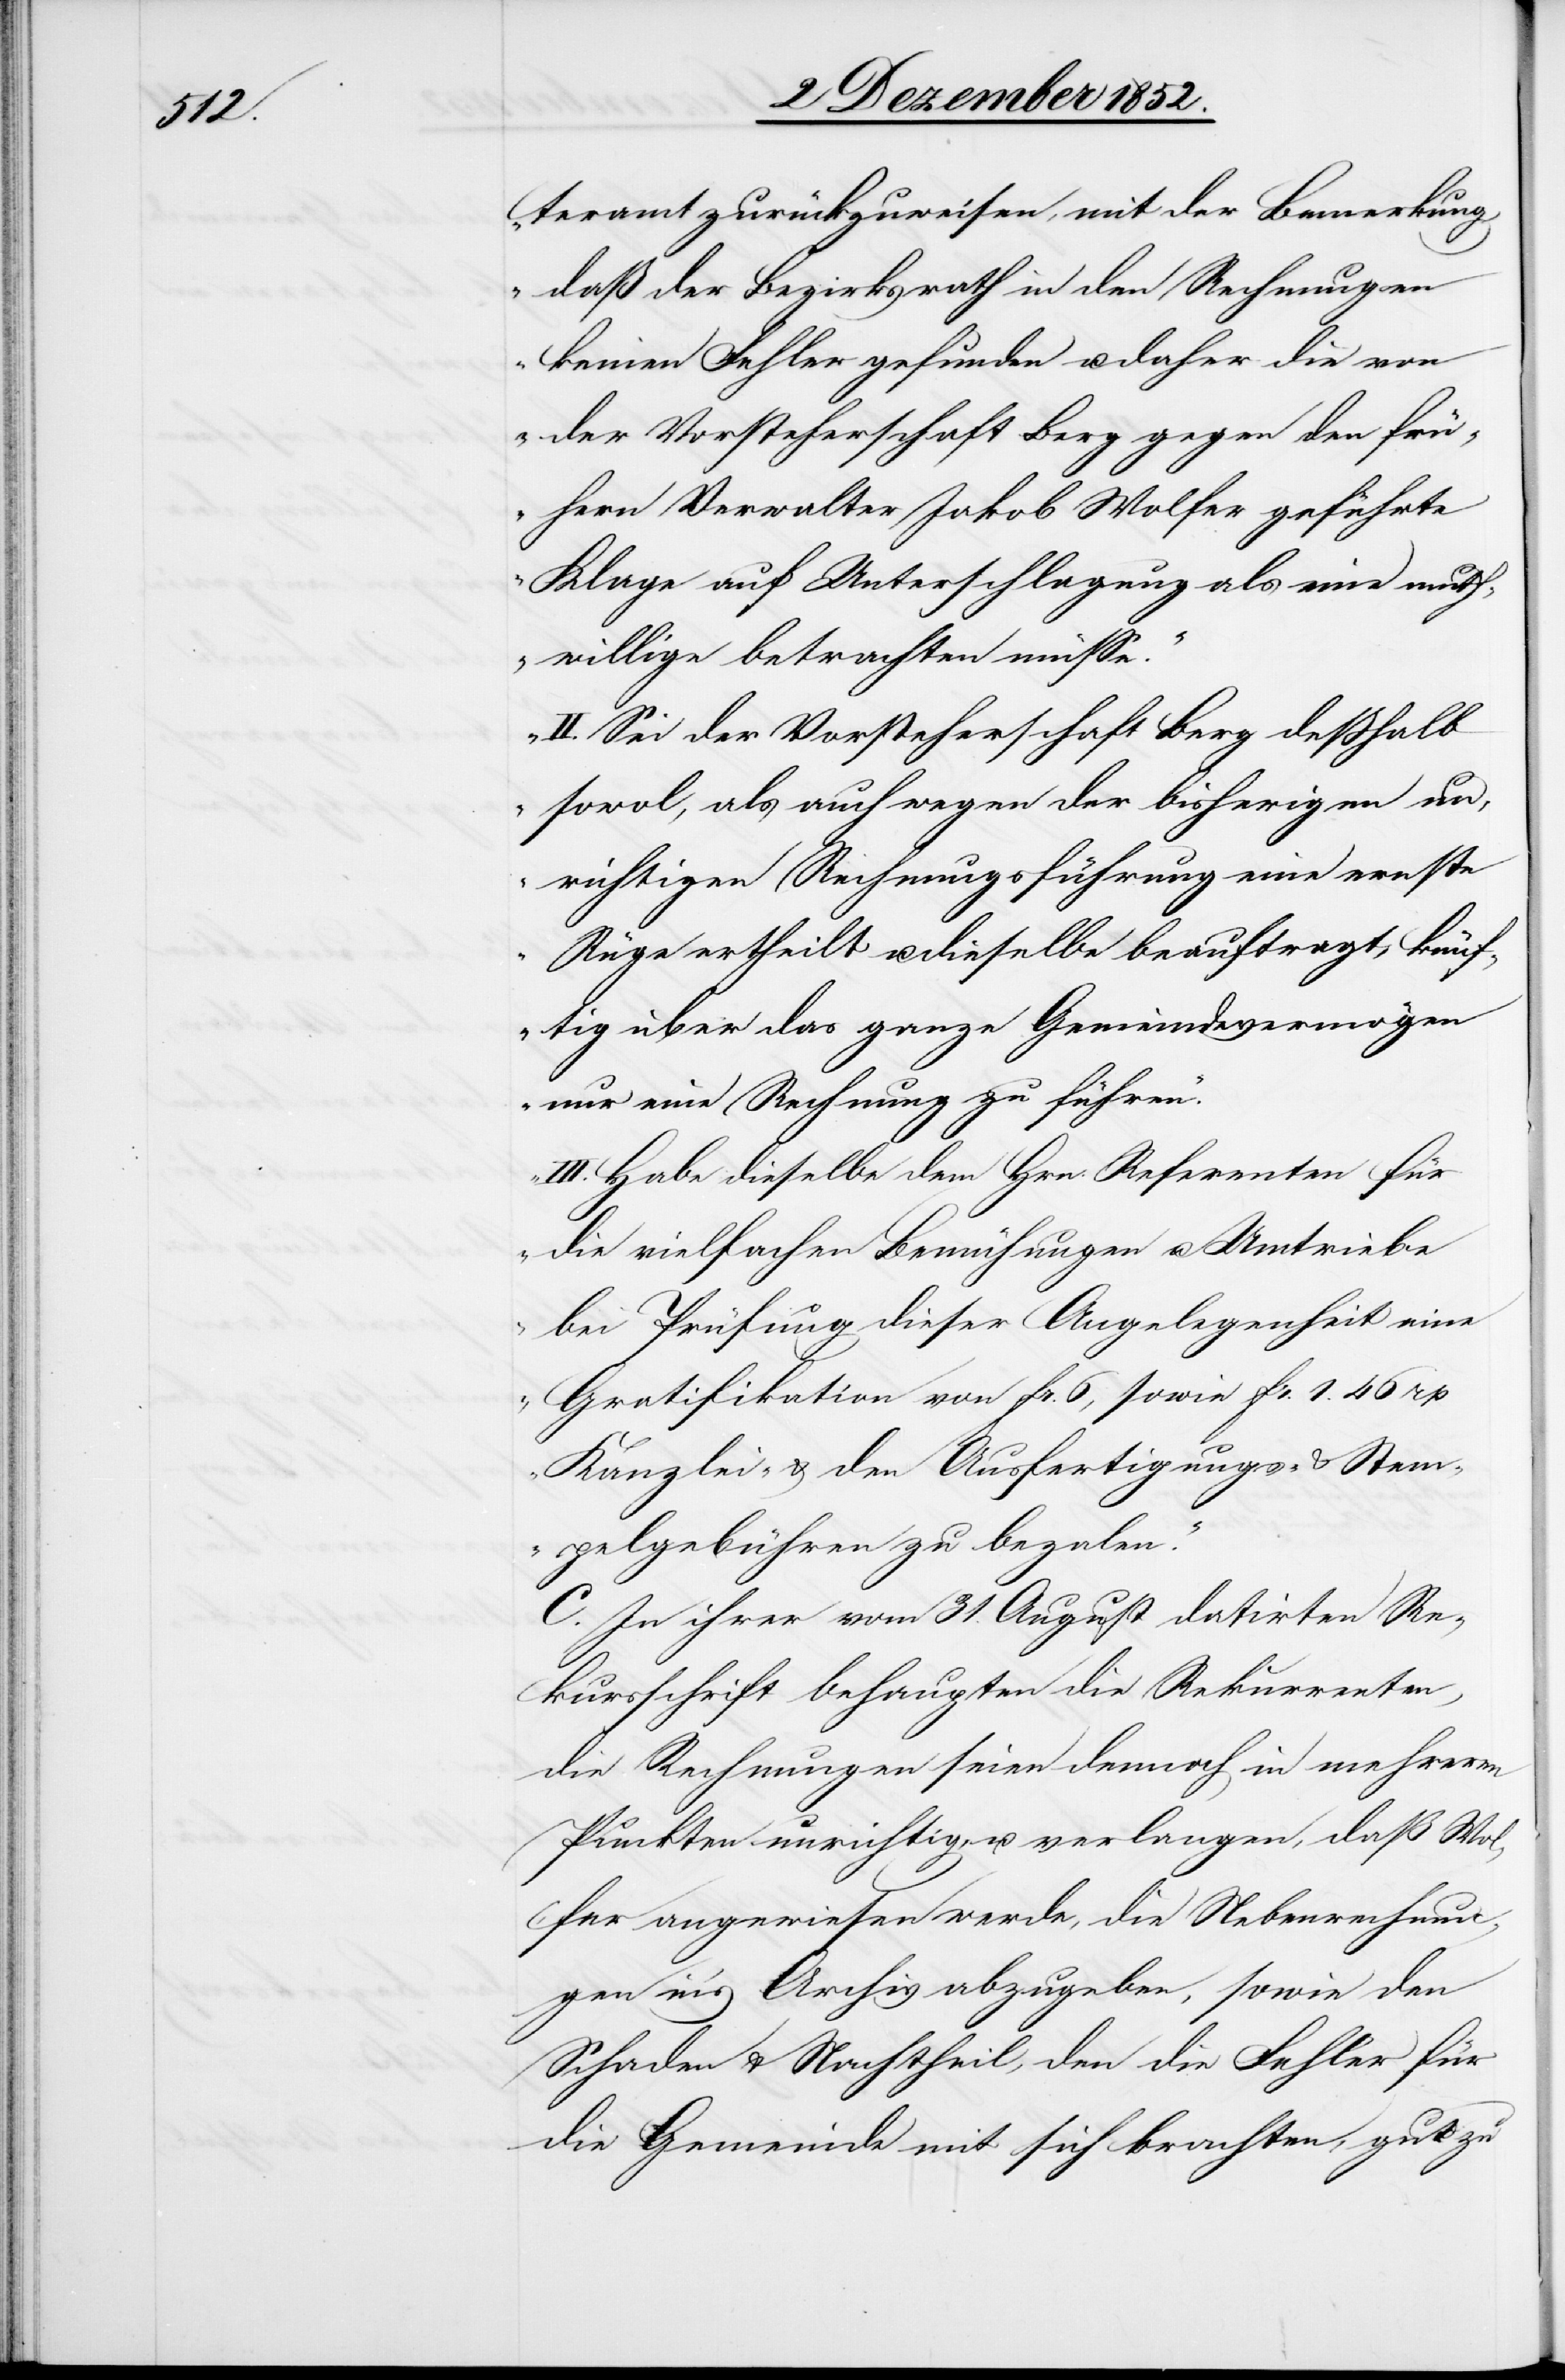
Ste¬

teramt zurückzuweisen, mit der Bemerkung,
daß der Bezirksrath in den Rechnungen
keinen Fehler gefunden u. daher die von
der Vorsteherschaft Berg gegen den frü¬
hern Verwalter Jakob Wolfer geführte
Klage auf Unterschlagung als eine muth¬
willige betrachten müsse.
II. Sei der Vorsteherschaft Berg deßhalb
sowol, als auch wegen der bisherigen un¬
richtigen Rechnungsführung eine ernste
Rüge ertheilt u. dieselbe beauftragt, künf¬
tig über das ganze Gemeindevermögen
nur eine Rechnung zu führen.
III. Habe dieselbe dem Hrn. Referenten für
die vielfachen Bemühungen u. Umtriebe
bei Prüfung dieser Angelegenheit eine
Gratifikation von fr. 6, sowie fr. 1. 46 rp
mpelgebühren zu bezalen.“
C. In ihrer vom 31. August datirten Re¬
kursschrift behaupten die Rekurrenten,
die Rechnungen seien dennoch in mehreren
Punkten unrichtig, u. verlangen, daß Wo¬
lfer angewiesen werde, die Nebenrechnun¬
gen in’s Archiv abzugeben, sowie den
Schaden & Nachtheil, den die Fehler für
die Gemeinde mit sich brachten, gut zu